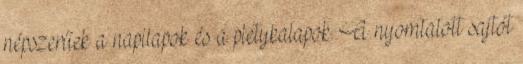
népszerűek a napilapok és a pletykalapok. A nyomtatott sajtót